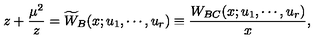
z + { \frac { \mu ^ { 2 } } { z } } = \widetilde { W } _ { B } ( x ; u _ { 1 } , \cdots , u _ { r } ) \equiv { \frac { W _ { B C } ( x ; u _ { 1 } , \cdots , u _ { r } ) } { x } } ,